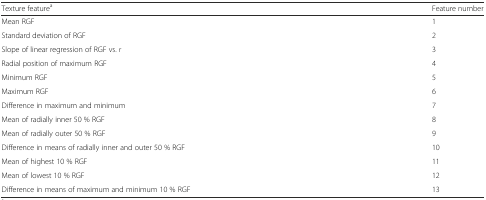
| Texture featurea | Feature number |
 | --- | --- |
 | Mean RGF | 1 |
 | Standard deviation of RGF | 2 |
 | Slope of linear regression of RGF vs. r | 3 |
 | Radial position of maximum RGF | 4 |
 | Minimum RGF | 5 |
 | Maximum RGF | 6 |
 | Difference in maximum and minimum | 7 |
 | Mean of radially inner 50 % RGF | 8 |
 | Mean of radially outer 50 % RGF | 9 |
 | Difference in means of radially inner and outer 50 % RGF | 10 |
 | Mean of highest 10 % RGF | 11 |
 | Mean of lowest 10 % RGF | 12 |
 | Difference in means of maximum and minimum 10 % RGF | 13 |